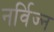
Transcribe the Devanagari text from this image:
नर्विज्न